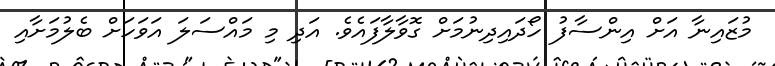
މުޒައިނާ އަށް އިންސާފު ހޯދައިދިނުމަށް ގޮވާލާފައެވެ. އަދި މި މައްސަލަ އަވަހަށް ބެލުމަށާއި